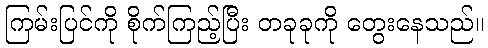
ကြမ်းပြင်ကို စိုက်ကြည့်ပြီး တခုခုကို တွေးနေသည်။